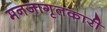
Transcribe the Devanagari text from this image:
मनजागृतकारी